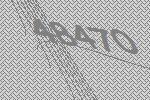
48470